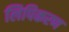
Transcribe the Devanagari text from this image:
लिपिकरण